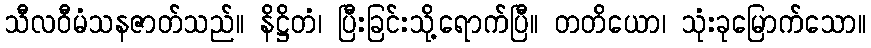
သီလဝီမံသနဇာတ်သည်။ နိဋ္ဌိတံ၊ ပြီးခြင်းသို့ရောက်ပြီ။ တတိယော၊ သုံးခုမြောက်သော။